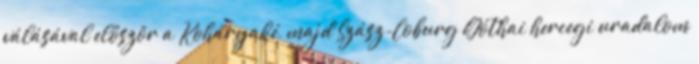
válásával először a Koháryaké, majd Szász-Coburg Góthai hercegi uradalom